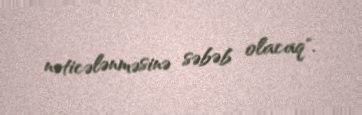
nəticələnməsinə səbəb olacaq".